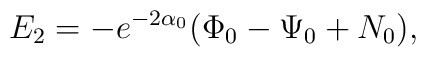
E_2= - e^{-2 \alpha_0}(\Phi_0-\Psi_0+N_0),